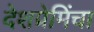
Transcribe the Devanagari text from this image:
देशप्रेमिंचा